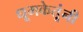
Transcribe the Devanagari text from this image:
धूमकेतूंनी